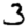
Digit: 3